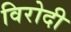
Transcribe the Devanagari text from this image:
विरोदी